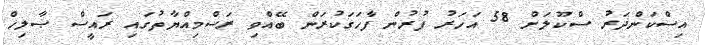
އިސްކަންދަރު ސްކޫލަށް 58 އަހަރު ފުރުން ފާހަގަކުރަން ބޭއްވި ރަސްމިއްޔާތުގައި ރައީސް ޞާލިހް